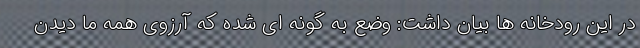
در این رودخانه ها بیان داشت: وضع به گونه ای شده که آرزوی همه ما دیدن